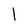
Character: l